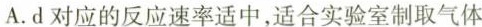
A.d对应的反应速率适中，适合实验室制取气体